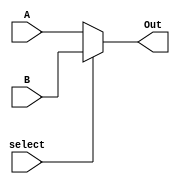
module Multiplexer2To1(
	input [31:0]A,
	input [31:0]B,
	input select,
	
	output reg [31:0]Out
    );
	 
	 always@(*)
	 begin
	 
		if(select)
			Out = B;
		else
			Out = A;
			
	 end


endmodule